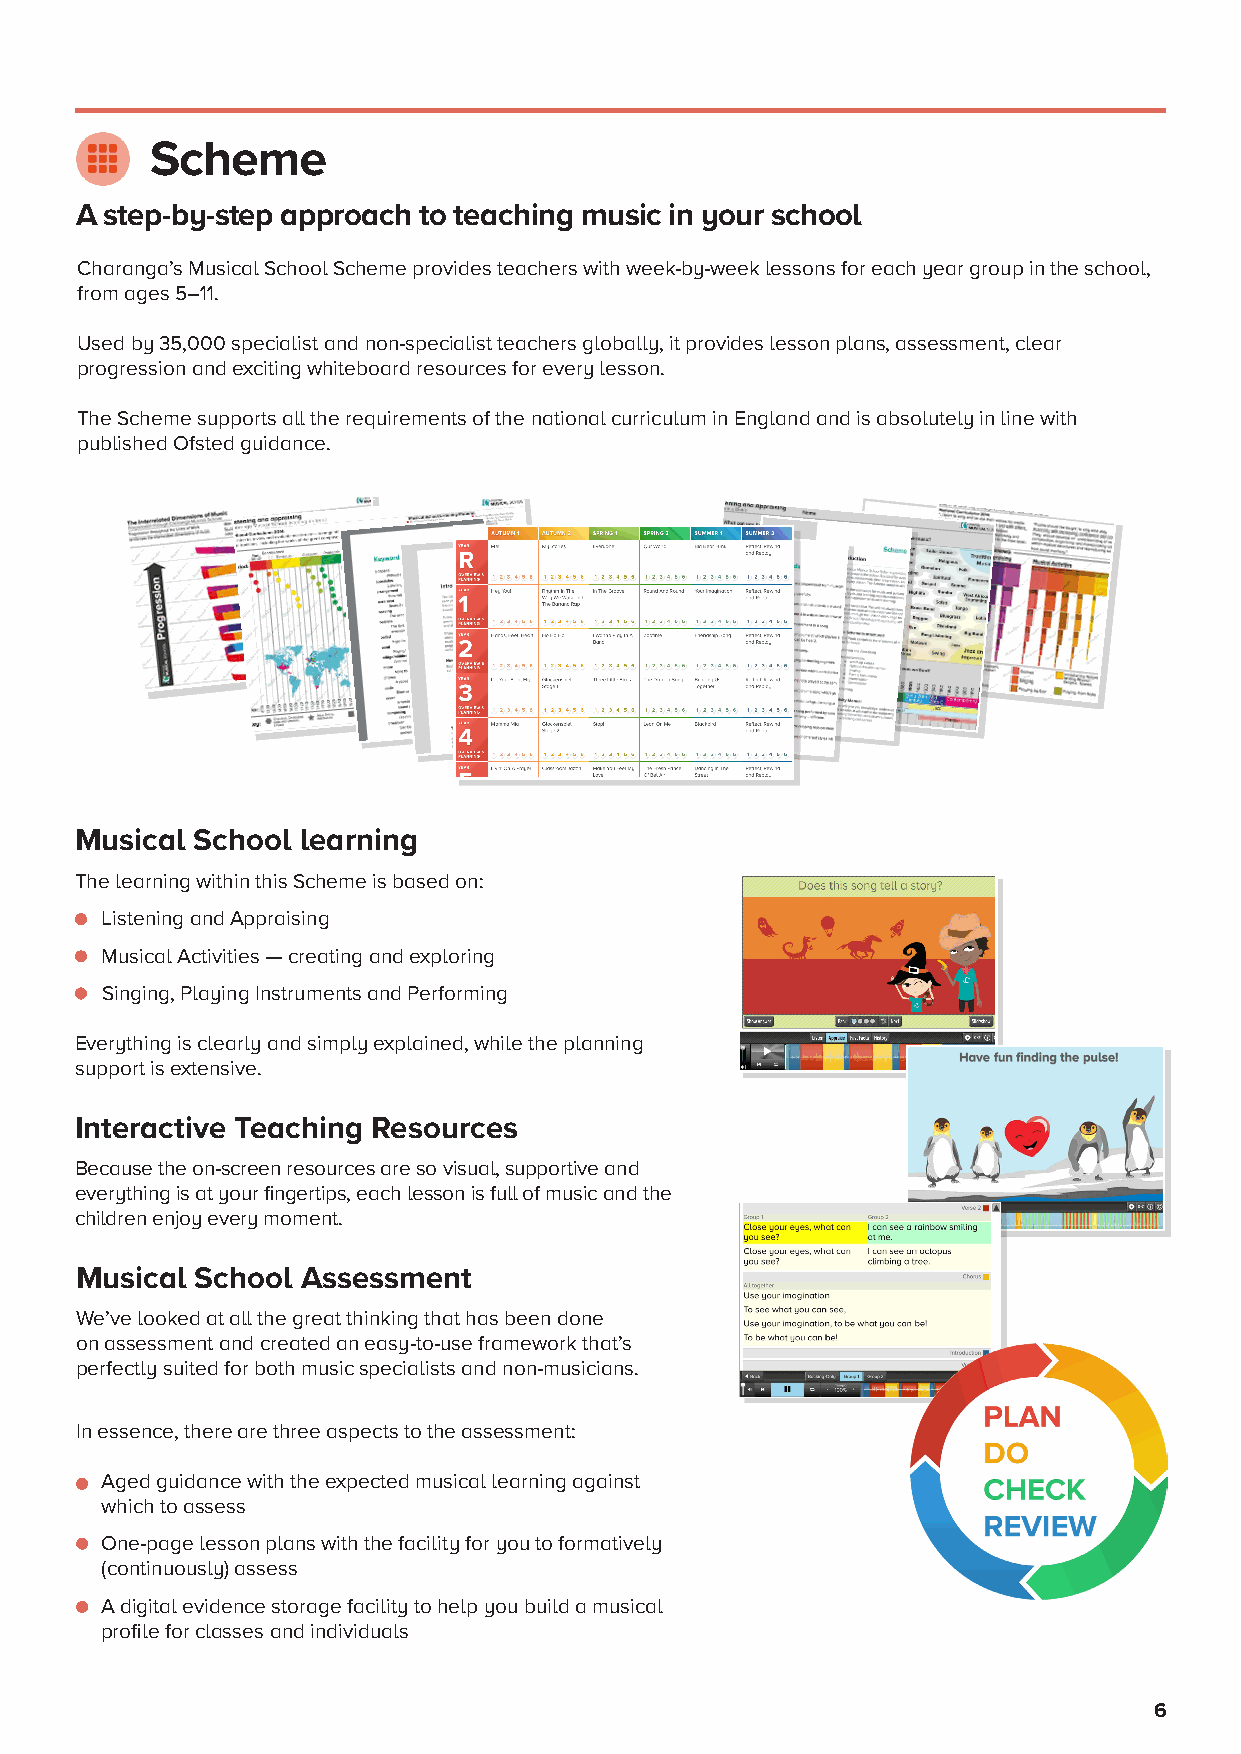
Scheme
 A step-by-step approach to teaching music in your school
 Charanga’s Musical School Scheme provides teachers with week-by-week lessons for each year group in the school,
 from ages 5–11.
 Used by 35,000 specialist and non-specialist teachers globally, it provides lesson plans, assessment, clear
 progression and exciting whiteboard resources for every lesson.
 The Scheme supports all the requirements of the national curriculum in England and is absolutely in line with
 published Ofsted guidance.
 Musical School learning
 The learning within this Scheme is based on:
 Listening and Appraising
 Musical Activities — creating and exploring
 Singing, Playing Instruments and Performing
 Everything is clearly and simply explained, while the planning
 support is extensive.
 Interactive Teaching Resources
 Because the on-screen resources are so visual, supportive and
 everything is at your fingertips, each lesson is full of music and the
 children enjoy every moment.
 Musical School Assessment
 We’ve looked at all the great thinking that has been done
 on assessment and created an easy-to-use framework that’s
 perfectly suited for both music specialists and non-musicians.
 In essence, there are three aspects to the assessment:
 Aged guidance with the expected musical learning against
 which to assess
 One-page lesson plans with the facility for you to formatively
 (continuously) assess
 A digital evidence storage facility to help you build a musical
 profile for classes and individuals
 6